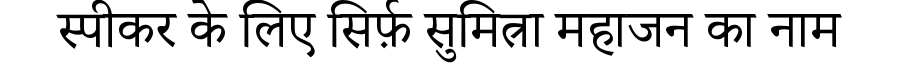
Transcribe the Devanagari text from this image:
स्पीकर के लिए सिर्फ़ सुमित्रा महाजन का नाम